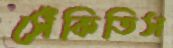
সেঁকিতিস